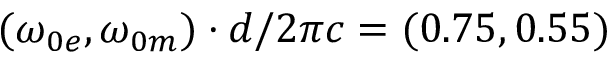
( \omega _ { 0 e } , \omega _ { 0 m } ) \cdot d / 2 \pi c = ( 0 . 7 5 , 0 . 5 5 )